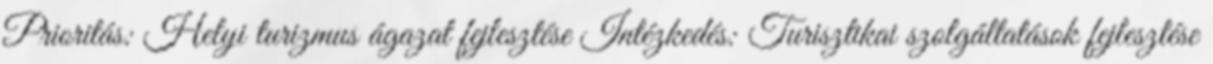
Prioritás: Helyi turizmus ágazat fejlesztése Intézkedés: Turisztikai szolgáltatások fejlesztése